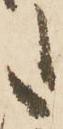
た